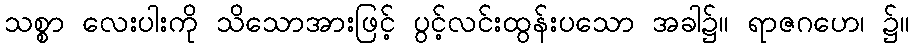
သစ္စာ လေးပါးကို သိသောအားဖြင့် ပွင့်လင်းထွန်းပသော အခါ၌။ ရာဇဂဟေ၊ ၌။